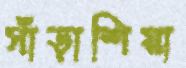
সাঁড়াশিয়া